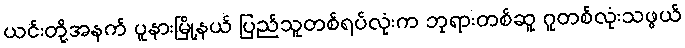
ယင်းတို့အနက် ပူနားမြို့နယ် ပြည်သူတစ်ရပ်လုံးက ဘုရားတစ်ဆူ ဂူတစ်လုံးသဖွယ်